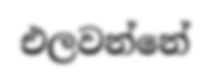
එලවන්නේ